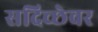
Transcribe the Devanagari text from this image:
सदिच्छेवर